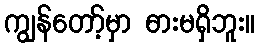
ကျွန်တော့်မှာ ဓားမရှိဘူး။